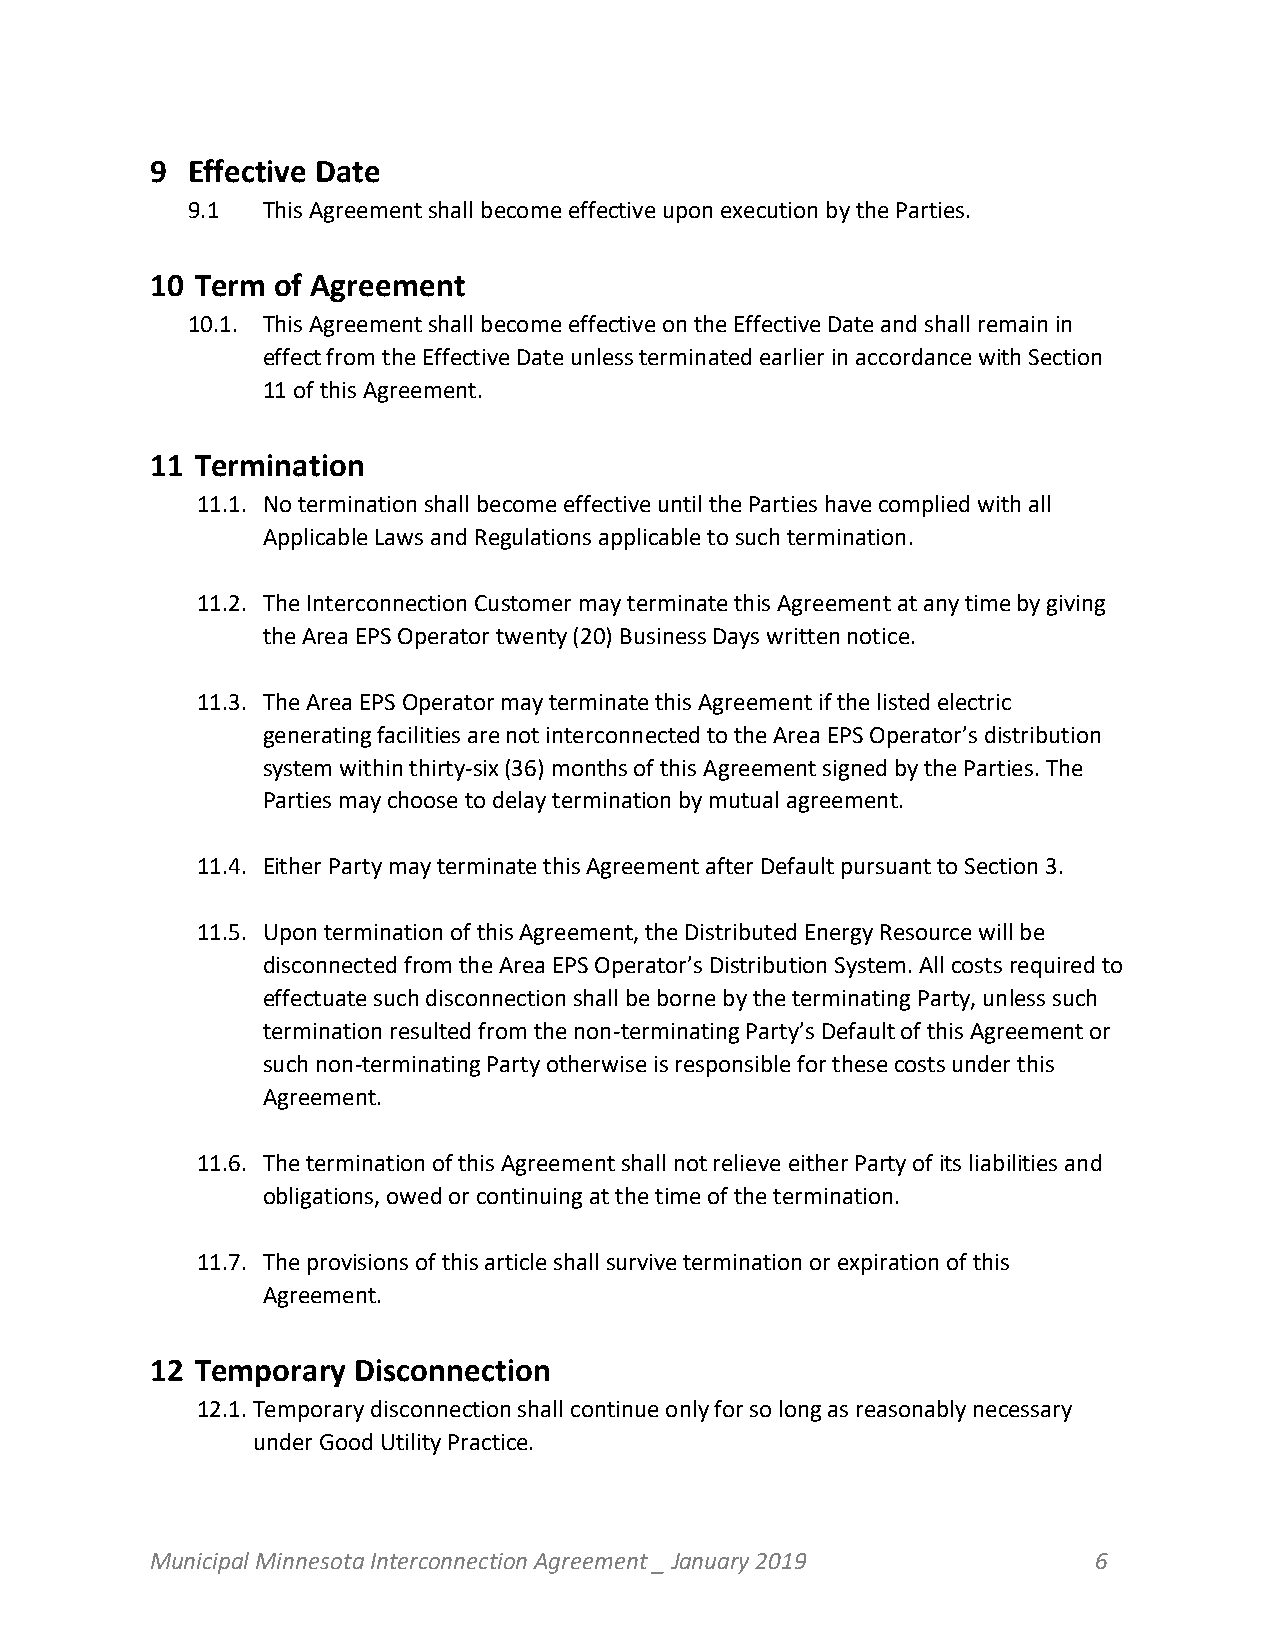
9 Effective Date
 9.1  This Agreement shall become effective upon execution by the Parties.
 10 Term of Agreement
 10.1. This Agreement shall become effective on the Effective Date and shall remain in
 effect from the Effective Date unless terminated earlier in accordance with Section
 11 of this Agreement.
 11 Termination
 11.1. No termination shall become effective until the Parties have complied with all
 Applicable Laws and Regulations applicable to such termination.
 11.2. The Interconnection Customer may terminate this Agreement at any time by giving
 the Area EPS Operator twenty (20) Business Days written notice.
 11.3. The Area EPS Operator may terminate this Agreement if the listed electric
 generating facilities are not interconnected to the Area EPS Operator’s distribution
 system within thirty-six (36) months of this Agreement signed by the Parties. The
 Parties may choose to delay termination by mutual agreement.
 11.4. Either Party may terminate this Agreement after Default pursuant to Section 3.
 11.5. Upon termination of this Agreement, the Distributed Energy Resource will be
 disconnected from the Area EPS Operator’s Distribution System. All costs required to
 effectuate such disconnection shall be borne by the terminating Party, unless such
 termination resulted from the non-terminating Party’s Default of this Agreement or
 such non-terminating Party otherwise is responsible for these costs under this
 Agreement.
 11.6. The termination of this Agreement shall not relieve either Party of its liabilities and
 obligations, owed or continuing at the time of the termination.
 11.7. The provisions of this article shall survive termination or expiration of this
 Agreement.
 12 Temporary Disconnection
 12.1. Temporary disconnection shall continue only for so long as reasonably necessary
 under Good Utility Practice.
 Municipal Minnesota Interconnection Agreement _ January 2019   6